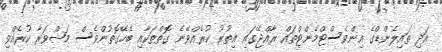
އަދި ތައިލެންޑްގެ އިންވެސްޓްމެންޓްތައް ރާއްޖޭގައި އިތުރު ކުރެއްވޭނެ ގޮތްތަކާއި ބެހޭގޮތުންވެސް މަޝްވަރާ ކުރެއްވި